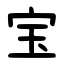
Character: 宝